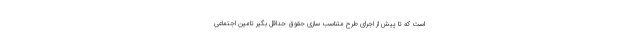
است که تا پیش از اجرای طرح متناسب سازی حقوق حداقل بگیر تامین اجتماعی